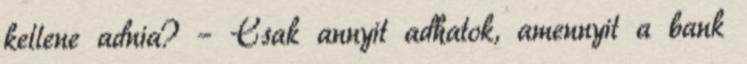
kellene adnia? – Csak annyit adhatok, amennyit a bank